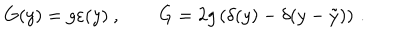
G ( y ) = g \varepsilon ( y ) \ , \qquad \dot { G } = 2 g \left( \delta ( y ) - \delta ( y - \tilde { y } ) \right) \, .